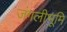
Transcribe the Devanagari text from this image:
जंगलीभूमि